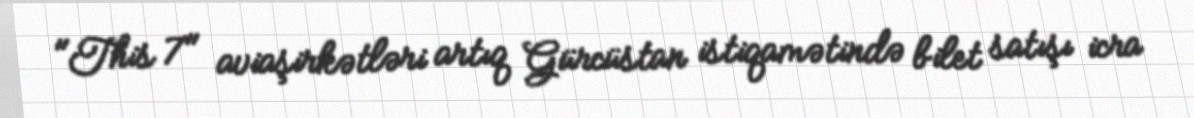
"This 7" aviaşirkətləri artıq Gürcüstan istiqamətində bilet satışı icra